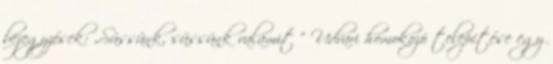
bejegyzések: „Süssünk, süssünk valamit ” Udvari homokozó telepítése egy